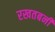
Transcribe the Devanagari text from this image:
रखतबनी